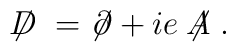
\not \!\! D \;=\; \not \!\partial + i e \not \!\! A \;.